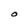
Character: O